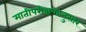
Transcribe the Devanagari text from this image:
मातीपरीक्षणानुसार